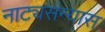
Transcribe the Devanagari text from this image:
नाट्यसंन्यास